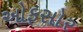
ઓફસોર